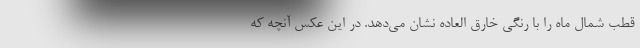
قطب شمال ماه را با رنگی خارق العاده نشان می‌دهد. در این عکس آنچه که